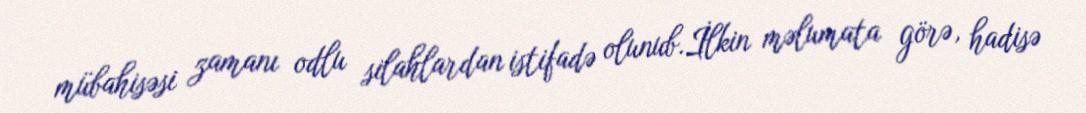
mübahisəsi zamanı odlu silahlardan istifadə olunub.İlkin məlumata görə, hadisə